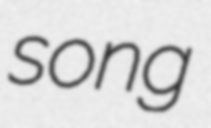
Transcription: song